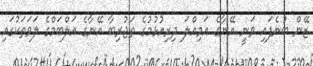
ޒޭން ބުނެފައި ވަނީ އޭނާގެ އަމިއްލަ ދިރިއުޅުމުގެ ތަޖުރިބާ އޭނާގެ އަލްބަމްގެ ލަވަތަކުގައި